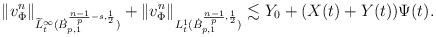
LaTeX: \begin{align*}\|{v}^n_{\Phi}\|_{\widetilde{L}_t^\infty(\dot{B}^{\frac{n-1}{p}-s,\frac{1}{2}}_{p,1})}+\|{v}^n_{\Phi}\|_{L_t^1(\dot{B}^{\frac{n-1}{p},\frac{1}{2}}_{p,1})}\lesssim Y_0 +(X(t)+Y(t))\Psi(t).\end{align*}